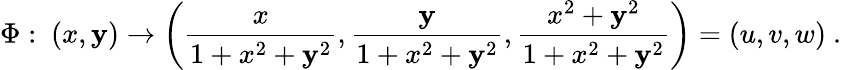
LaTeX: \Phi:\ (x,\mathbf{y})\rightarrow\left({\frac{{x}}{{1+x^{2}+\mathbf{y}^{2}}}},{\frac{{\mathbf{y}}}{{1+x^{2}+\mathbf{y}^{2}}}},{\frac{{x^{2}+\mathbf{y}^{2}}}{{1+x^{2}+\mathbf{y}^{2}}}}\right)=(u,v,w)\ .